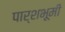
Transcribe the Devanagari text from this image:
पार्शभूमी